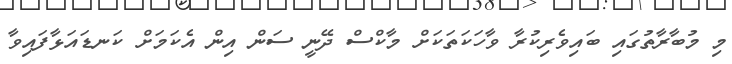
މި މުބާރާތުގައި ބައިވެރިކުރާ ވާހަކަތަކަށް މާކްސް ދޭނީ ސަން އިން އެކަމަށް ކަނޑައަޅާފައިވާ